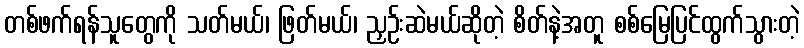
တစ်ဖက်ရန်သူတွေကို သတ်မယ်၊ ဖြတ်မယ်၊ ညှဉ်းဆဲမယ်ဆိုတဲ့ စိတ်နဲ့အတူ စစ်မြေပြင်ထွက်သွားတဲ့